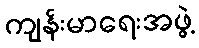
ကျန်းမာရေးအဖွဲ့